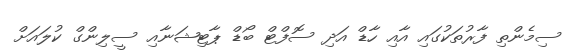
ސިމެންތި ފާރުތަކުގައި އާއި ހާޑް އަދި ސޮފްޓް ބޯޑް ޕާޓިޝަނާއި ސީލިންގް ކުލައަށް